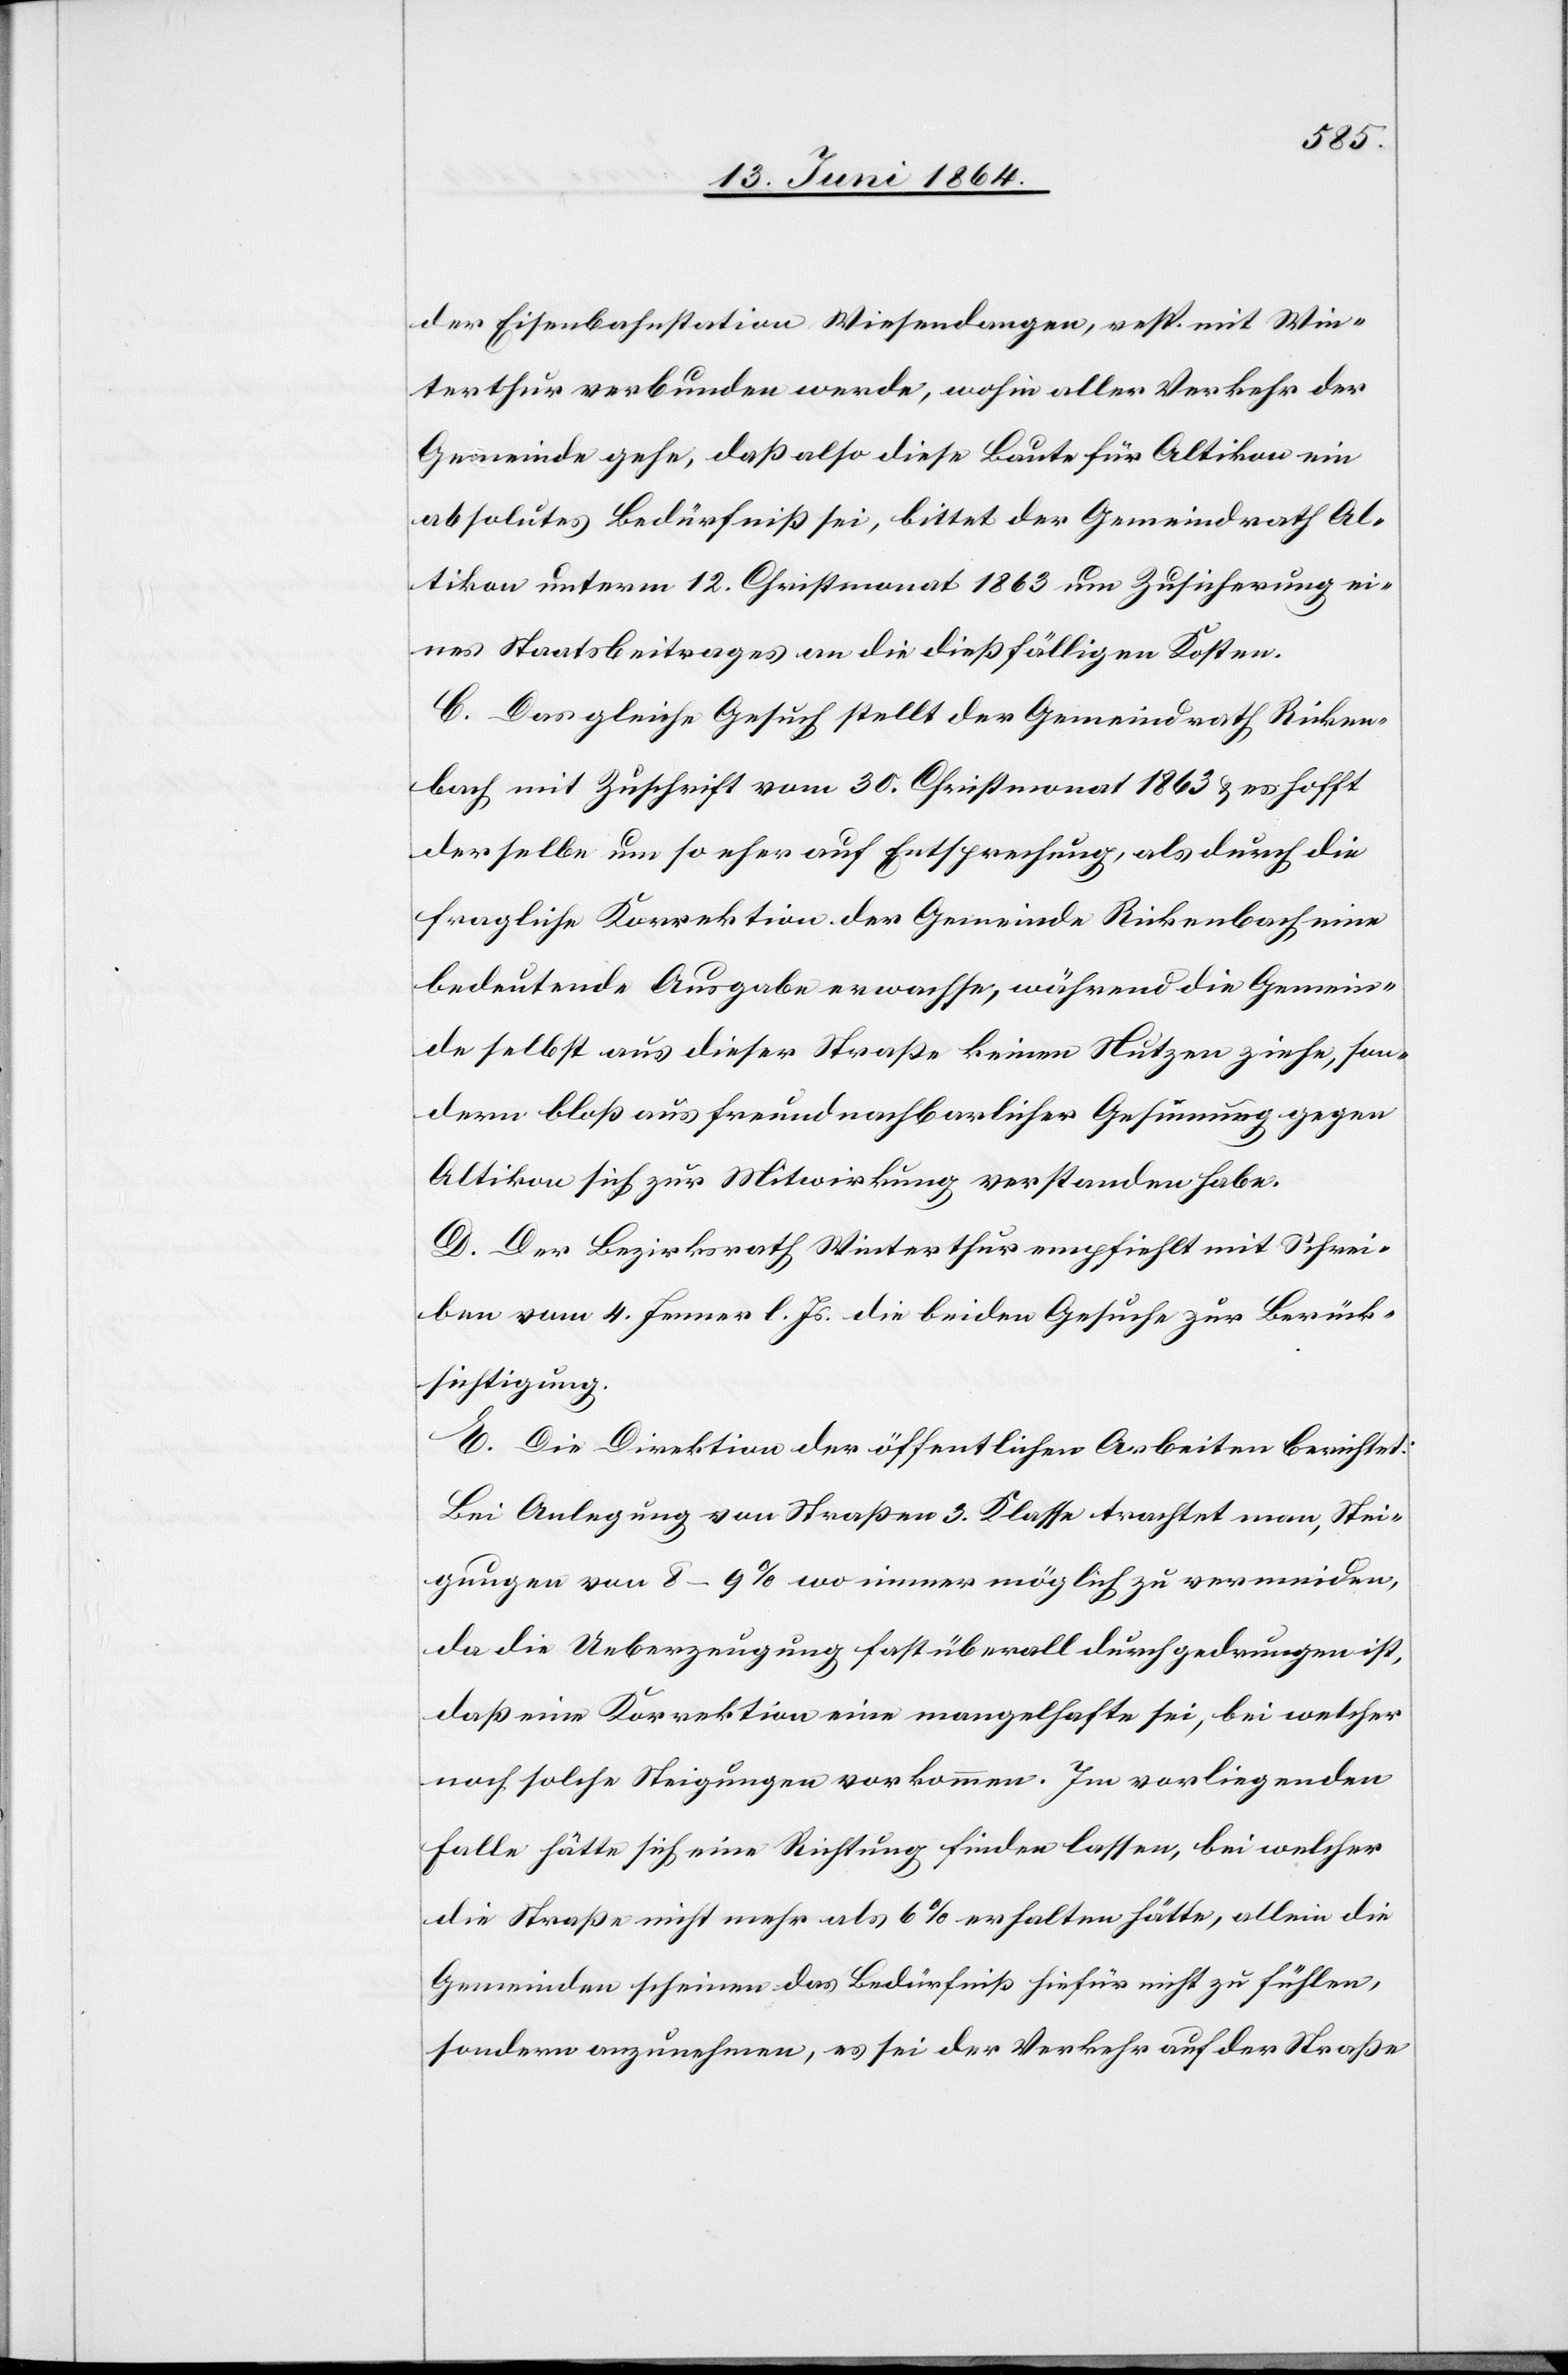
der Eisenbahnstation Wiesendangen, resp. mit Win¬
terthur verbunden werde, wohin aller Verkehr der
Gemeinde gehe, daß also diese Baute für Altikon ein
absolutes Bedürfniß sei, bittet der Gemeindrath Al¬
tikon unterm 12. Christmonat 1863 um Zusicherung ei¬
nes Staatsbeitrages an die dießfälligen Kosten.
C. Das gleiche Gesuch stellt der Gemeindrath Ricken¬
bach mit Zuschrift vom 30. Christmonat 1863 u. es hofft
derselbe um so eher auf Entsprechung, als durch die
fragliche Korrektion der Gemeinde Rickenbach eine
bedeutende Ausgabe erwachse, während die Gemein¬
de selbst aus dieser Straße keinen Nutzen ziehe, son¬
dern bloß aus freundnachbarlicher Gesinnung gegen
Altikon sich zur Mitwirkung verstanden habe.
D. Der Bezirksrath Winterthur empfiehlt mit Schrei¬
ben vom 4. Jenner l. Js. die beiden Gesuche zur Berück¬
sichtigung.
E. Die Direktion der öffentlichen Arbeiten berichtet:
Bei Anlegung von Straßen 3. Klasse trachtet man, Stei¬
gungen von 8–9% wo immer möglich zu vermeiden,
da die Ueberzeugung fast überall durchgedrungen ist,
daß eine Korrektion eine mangelhafte sei, bei welcher
noch solche Steigungen vorkommen. Im vorliegenden
Falle hätte sich eine Richtung finden lassen, bei welcher
die Straße nicht mehr als 6% erhalten hätte, allein die
Gemeinden scheinen das Bedürfniß hierfür nicht zu fühlen,
sondern anzunehmen, es sei der Verkehr auf der Straße